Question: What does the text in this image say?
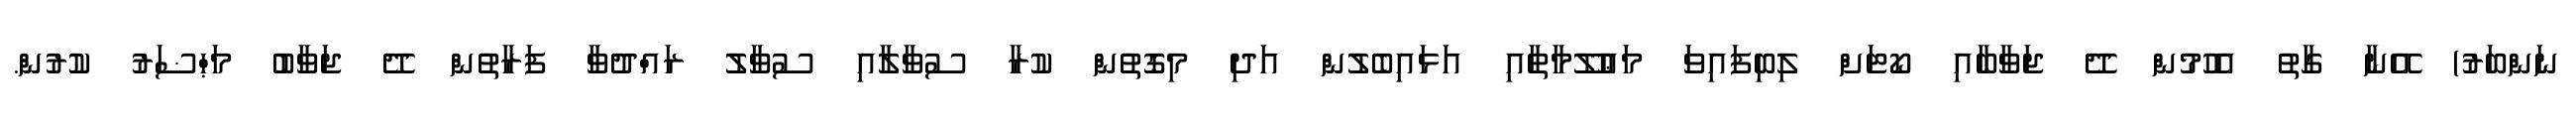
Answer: ނަންބަރު) އޭނާ ގާތު އެހުމުން ދޭ ޖަވާބާއި ކޯޓަށް ލިބިފައިވަ މަޢުލޫމާތާއި އަޅައިބެލުން އަދި މިގޮތުން ކުރާ ސުވާލާއި ސުވާލު ރައްދުވާ ފަރާތުން ދޭ ޖަވާބު މަޙްޟަރު ކުރުން.